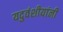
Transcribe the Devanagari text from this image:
यदुवंशीयांनी